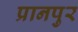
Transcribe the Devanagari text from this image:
प्रानपुर